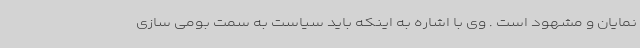
نمایان و مشهود است . وی با اشاره به اینکه باید سیاست به سمت بومی سازی